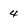
Character: 4